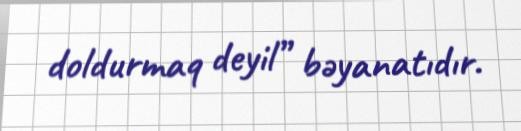
doldurmaq deyil” bəyanatıdır.